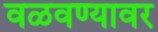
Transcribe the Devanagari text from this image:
वळवण्यावर